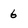
Character: 6